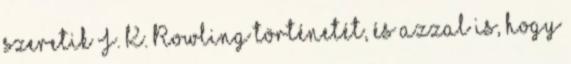
szeretik J. K. Rowling történetét, és azzal is, hogy